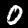
Label: 0